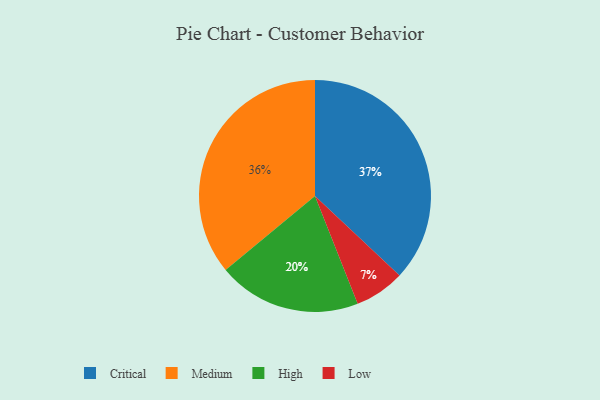
{"axis": {"x": "Category", "y": "Percentage"}, "legend": ["Critical", "High", "Low", "Medium"], "data": [{"x": "Low", "y": 7, "type": "Low"}, {"x": "High", "y": 20, "type": "High"}, {"x": "Medium", "y": 36, "type": "Medium"}, {"x": "Critical", "y": 37, "type": "Critical"}]}